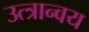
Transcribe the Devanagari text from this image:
उत्त्रान्वय